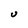
Character: U